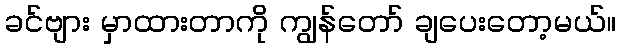
ခင်ဗျား မှာထားတာကို ကျွန်တော် ချပေးတော့မယ်။